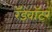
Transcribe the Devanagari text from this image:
रॅडवॉटर